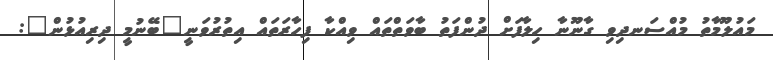
މައުލޫމާތު މުއްސަނދިވި ގާނޫނާ ހިލާފަށް ދުންފަތު ބާވަތްތައް ވިއްކާ ފިހާރަތައް އިތުރުވަނީ"ބޭނުމީ ދިރިއުޅުން":